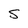
Character: s